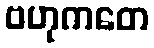
ဗဟုကတေ